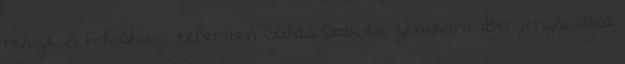
részt. A Felsőházi teremben Gubás Gabi és zenekara „Bergengóciából